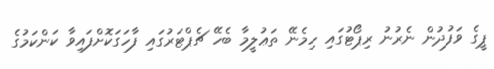
ޕީގެ ވަފުދުން ނެރުނު ރިޕޯޓުގައި ހިމެނޭ ތަޢުލީމާ ބެހޭ ޗެޕްޓަރުގައި ފާހަގަކޮށްފައިވާ ކަންކަމުގެ